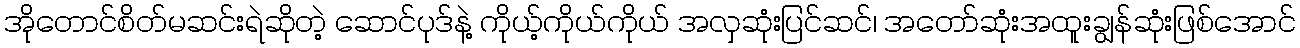
အိုတောင်စိတ်မဆင်းရဲဆိုတဲ့ ဆောင်ပုဒ်နဲ့ ကိုယ့်ကိုယ်ကိုယ် အလှဆုံးပြင်ဆင်၊ အတော်ဆုံးအထူးချွန်ဆုံးဖြစ်အောင်